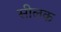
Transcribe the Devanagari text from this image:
सीलक